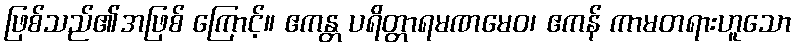
ဖြစ်သည်၏အဖြစ် ကြောင့်။ ဧကန္တ ပရိတ္တာရမဏမေဝ၊ ဧကန် ကာမတရားဟူသော